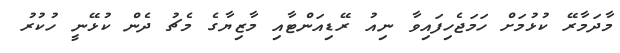
މާދަމާރޭ ކުޅުމަށް ހަމަޖެހިފައިވާ ނިއު ރޭޑިއަންޓާއި މާޒިޔާގެ މެޗު ދެން ކުޅޭނީ ހުކުރު